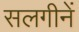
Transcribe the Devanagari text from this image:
सलगीनें